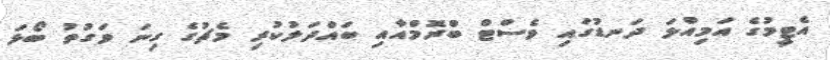
އެޓީމުގެ އަމިއްލަ ދަނޑުގައި ވެސްޓް ބްރޮމްއާއި ބައްދަލުކުރި މެޗުގެ ގިނަ ވަގުތު ބޯޅަ